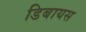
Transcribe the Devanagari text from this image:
डिबायस